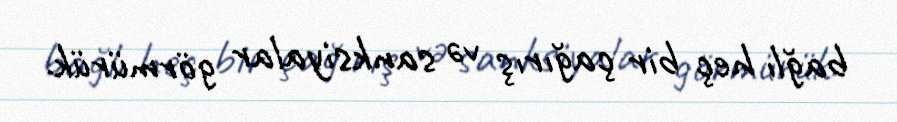
bağlı heç bir çağırış və sanksiyalar görmürük.